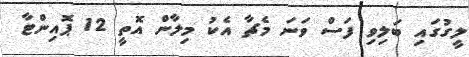
ލީގުގައި ބަލިވި ފަސް ވަނަ މެޗާ އެކު މިލާން އޮތީ 12 ޕޮއިންޓާ